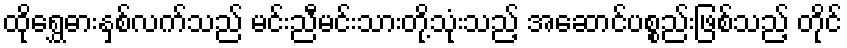
ထိုရွှေဓားနှစ်လက်သည် မင်းညီမင်းသားတို့သုံးသည့် အဆောင်ပစ္စည်းဖြစ်သည့် တိုင်